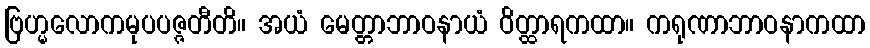
ဗြဟ္မလောကမုပပဇ္ဇတီတိ။ အယံ မေတ္တာဘာဝနာယံ ဝိတ္ထာရကထာ။ ကရုဏာဘာဝနာကထာ